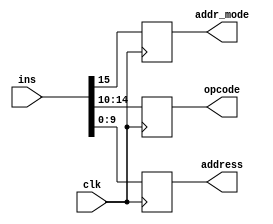
`timescale 1ns / 1ps
//////////////////////////////////////////////////////////////////////////////////
// Company: 
// Engineer: 
// 
// Design Name: 
// Module Name: InstReg
// Project Name: 
// Target Devices: 
// Tool Versions: 
// Description: 
// 
// Dependencies: 
// 
// Revision:
// Revision 0.01 - File Created
// Additional Comments:
// 
//////////////////////////////////////////////////////////////////////////////////


module InstReg(addr_mode,opcode,address,clk,ins);
    input clk;
    input [15:0] ins;
    output reg addr_mode;
    output reg [4:0] opcode;
    output reg [9:0] address;

    always @(posedge clk) begin
        addr_mode <= ins[15];
        opcode <= ins[14:10];
        address <= ins[9:0];
    end
endmodule